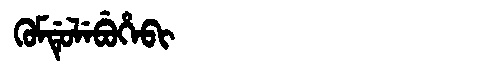
Manchu: ᡴᡠᠮᡩᡠᠯᡝᠪᡠᡥᡝᠪᡳ
Romanization: KUMDULEBUHEBI